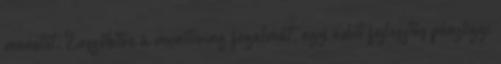
menetét. Leszűkítve a monitoring fogalmát, egy adott fejlesztés pénzügyi